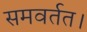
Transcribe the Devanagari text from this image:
समवर्तत।